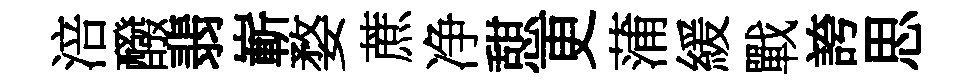
涪醱翡嶄婺蔗净憇更蒲緩戰誇思